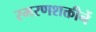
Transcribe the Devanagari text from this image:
स्मरणशक्तीनें